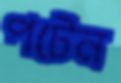
পটেন